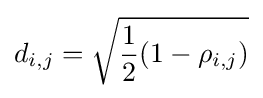
d_{i,j}={\sqrt {{\frac {1}{2}}(1-\rho _{i,j})}}